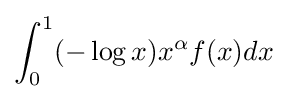
\int _{0}^{1}(-\log x)x^{\alpha }f(x)dx